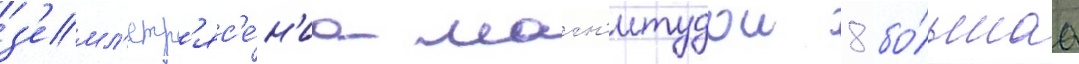
з'емл'етр'яс'е́н'иа магн'итудои 8 бо́льшаа